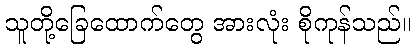
သူတို့ခြေထောက်တွေ အားလုံး စိုကုန်သည်။